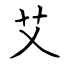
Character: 艾